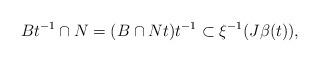
LaTeX: \begin{align*}Bt^{-1} \cap N = (B \cap Nt)t^{-1} \subset \xi^{-1}(J\beta(t)),\end{align*}